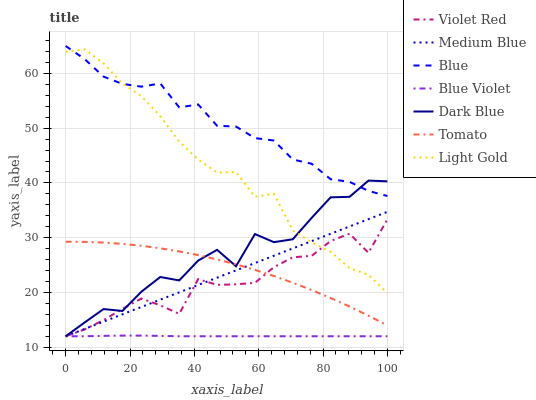
| xaxis_label | Violet Red | Medium Blue | Blue | Blue Violet | Dark Blue | Tomato | Light Gold |
 | --- | --- | --- | --- | --- | --- | --- | --- |
 | 0 | 12 | 12 | 65 | 12 | 12 | 29.3 | 64 |
 | 5.88 | 13.3 | 13.3 | 62.6 | 12 | 14.5 | 29.2 | 64.4 |
 | 11.8 | 14.9 | 14.7 | 59.4 | 12.1 | 17 | 29.1 | 61.8 |
 | 17.6 | 17 | 16 | 58.1 | 12.1 | 16.6 | 28.9 | 58.2 |
 | 23.5 | 18.9 | 17.3 | 57.6 | 12.1 | 20.1 | 28.5 | 55.8 |
 | 29.4 | 17.6 | 18.7 | 58.2 | 12.1 | 22.8 | 28.1 | 52.2 |
 | 35.3 | 16.1 | 20 | 53.8 | 12 | 22.2 | 27.5 | 47.6 |
 | 41.2 | 22.4 | 21.4 | 54.3 | 12 | 25.8 | 26.8 | 44.3 |
 | 47.1 | 21.4 | 22.7 | 50.4 | 12 | 27.8 | 26 | 41.9 |
 | 52.9 | 21.5 | 24 | 50.3 | 12 | 24.8 | 25.1 | 42 |
 | 58.8 | 21.8 | 25.4 | 48.2 | 12 | 30.7 | 24.1 | 37.5 |
 | 64.7 | 24.6 | 26.7 | 47.7 | 12 | 29.2 | 23 | 38 |
 | 70.6 | 26.4 | 28 | 44.3 | 12 | 29.7 | 21.8 | 31.3 |
 | 76.5 | 26.7 | 29.4 | 43.5 | 12 | 33.6 | 20.4 | 29.2 |
 | 82.4 | 29.4 | 30.7 | 40.7 | 12 | 37.4 | 19 | 27.4 |
 | 88.2 | 30.7 | 32 | 40.2 | 12 | 37.5 | 17.4 | 24.4 |
 | 94.1 | 27.2 | 33.4 | 38.5 | 12 | 40.4 | 15.8 | 23.2 |
 | 100 | 33.4 | 34.7 | 37.6 | 12 | 40.3 | 14 | 19.9 |